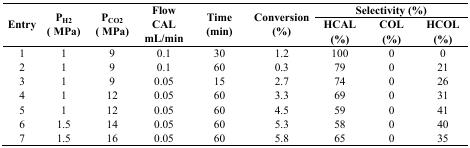
<table><thead><tr><td rowspan="2"><b>Entry</b></td><td rowspan="2"><b>P<sub>H2</sub> (MPa)</b></td><td rowspan="2"><b>P<sub>CO2</sub> (MPa)</b></td><td rowspan="2"><b>Flow CAL mL/min</b></td><td rowspan="2"><b>Time (min)</b></td><td rowspan="2"><b>Conversion (%)</b></td><td colspan="3"><b>Selectivity (%)</b></td></tr><tr><td><b>HCAL (%)</b></td><td><b>COL (%)</b></td><td><b>HCOL (%)</b></td></tr></thead><tbody><tr><td>1</td><td>1</td><td>9</td><td>0.1</td><td>30</td><td>1.2</td><td>100</td><td>0</td><td>0</td></tr><tr><td>2</td><td>1</td><td>9</td><td>0.1</td><td>60</td><td>0.3</td><td>79</td><td>0</td><td>21</td></tr><tr><td>3</td><td>1</td><td>9</td><td>0.05</td><td>15</td><td>2.7</td><td>74</td><td>0</td><td>26</td></tr><tr><td>4</td><td>1</td><td>12</td><td>0.05</td><td>60</td><td>3.3</td><td>69</td><td>0</td><td>31</td></tr><tr><td>5</td><td>1</td><td>12</td><td>0.05</td><td>60</td><td>4.5</td><td>59</td><td>0</td><td>41</td></tr><tr><td>6</td><td>1.5</td><td>14</td><td>0.05</td><td>60</td><td>5.3</td><td>58</td><td>0</td><td>40</td></tr><tr><td>7</td><td>1.5</td><td>16</td><td>0.05</td><td>60</td><td>5.8</td><td>65</td><td>0</td><td>35</td></tr></tbody></table>